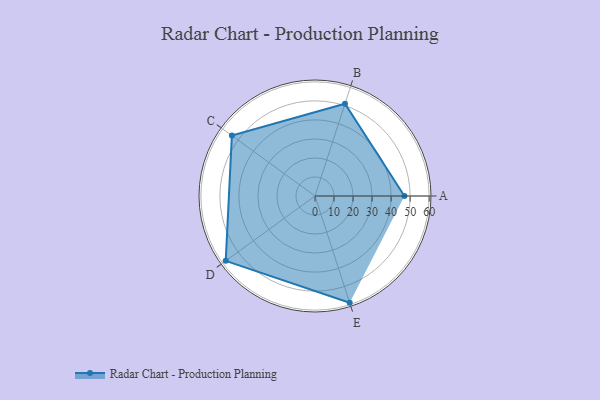
{"axis": {"x": "Skill", "y": "Score"}, "legend": ["Profile"], "data": [{"x": "A", "y": 47.0, "type": "Profile"}, {"x": "B", "y": 51.0, "type": "Profile"}, {"x": "C", "y": 54.0, "type": "Profile"}, {"x": "D", "y": 58.0, "type": "Profile"}, {"x": "E", "y": 59.0, "type": "Profile"}]}